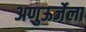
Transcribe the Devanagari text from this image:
अणुऊर्जेला